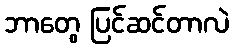
ဘာတွေ ပြင်ဆင်တာလဲ